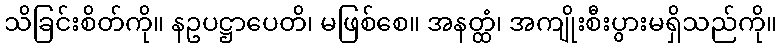
သိခြင်းစိတ်ကို။ နဥပဋ္ဌာပေတိ၊ မဖြစ်စေ။ အနတ္ထံ၊ အကျိုးစီးပွားမရှိသည်ကို။